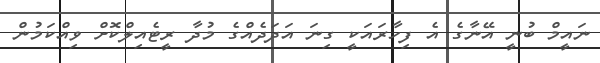
ނައީމް ބުނީ އޭނާގެ އެ ފިހާރައަކީ ގިނަ އަދަދެއްގެ މުދާ ރީޓެއިލްކޮށް ވިއްކަމުން